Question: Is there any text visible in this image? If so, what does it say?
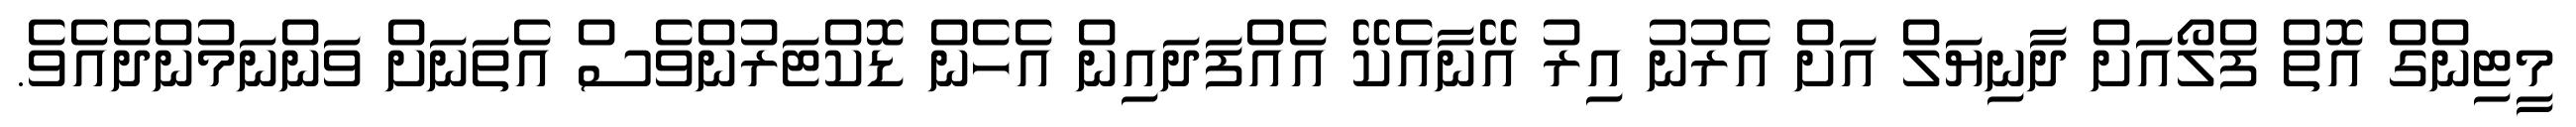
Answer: މީޓިންގް އޮތް ފްލޯއަށް ދާނިޔަލް އަށް އެރުނު އިރު އޭނާއެކޭ އެއްފަދައިން އެހެން ޑޮކްޓަރުންވެސް އެތަނަށް ވަންނަމުންދެއެވެ.